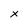
Character: x